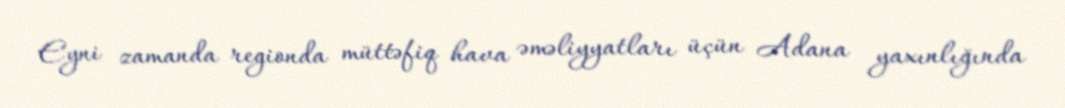
Eyni zamanda regionda müttəfiq hava əməliyyatları üçün Adana yaxınlığında